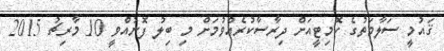
ޤައުމީ ސަލާމަތުގެ ކޮމިޓީއަށް ދިރާސާކުރެއްވުމަށް މި ބިލު ފޮނުއްވީ 10 މާރިޗު 2015